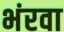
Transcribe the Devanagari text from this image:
भंरवा